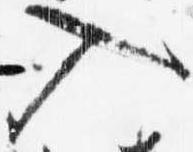
入